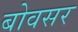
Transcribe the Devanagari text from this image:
बोवसर